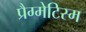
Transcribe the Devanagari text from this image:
प्रैग्मेटिस्म